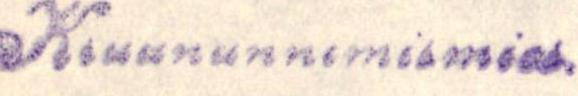
Kruununnimismies